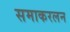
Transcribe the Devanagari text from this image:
समाकरलन